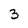
Character: 3